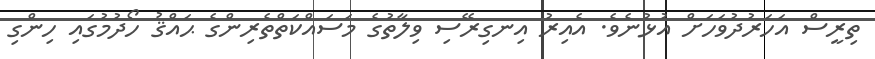
ތިރީސް އަހަރުދުވަހަށް އުޅުނެވެ. އެއިރު އިނގިރޭސި ވިލާތުގެ މަސައްކަތްތެރިންގެ ޙައްޤު ހޯދުމުގައި ހިންގި